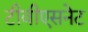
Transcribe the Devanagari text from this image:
टीवीएसनेट